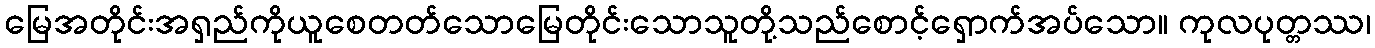
မြေအတိုင်းအရှည်ကိုယူစေတတ်သောမြေတိုင်းသောသူတို့သည်စောင့်ရှောက်အပ်သော။ ကုလပုတ္တဿ၊